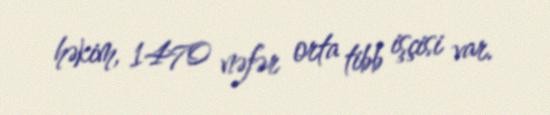
həkim, 1470 nəfər orta tibb işçisi var.